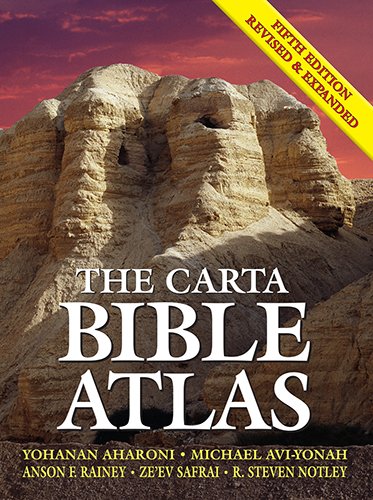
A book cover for The Carta Bible Atlas, Fifth Edition Revised and Expanded; Yohanan Aharoni; History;